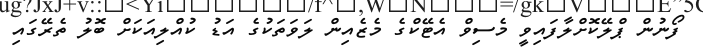
ފޯނުން ޕްލޭކޮށްލާފައިވީ މެސިވް އެޓޭކްގެ މެޒެއިން ލަވަތަކުގެ އަޑު ކުއްލިއަކަށް ބޮލު ތެރޭގައި